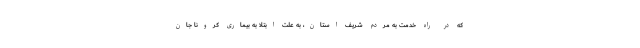
که در راه خدمت به مردم شریف استان، به علت ابتلا به بیماری کرونا جان